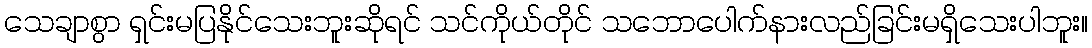
သေချာစွာ ရှင်းမပြနိုင်သေးဘူးဆိုရင် သင်ကိုယ်တိုင် သဘောပေါက်နားလည်ခြင်းမရှိသေးပါဘူး။